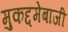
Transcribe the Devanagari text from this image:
मुकद्दमेबाजी